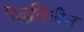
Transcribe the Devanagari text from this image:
पद्धतितील